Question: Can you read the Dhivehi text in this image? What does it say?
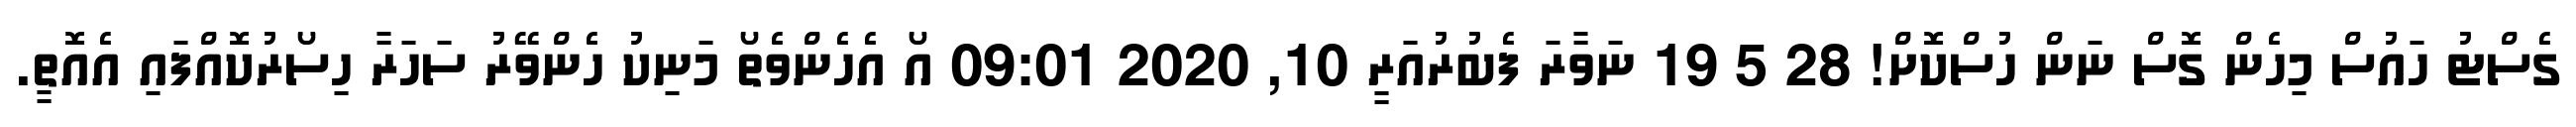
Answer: ގެސްޓު ހައުސް މިހެން ގޮސް ނަން ހުސްކޮށް! 28 5 19 ނަވާރަ ފެބުރުއަރީ 10, 2020 09:01 އޯ އެހެންވެތޯ މަނިކު ހެންވޭރު ސަހަރާ ހިސޯރުކޮއްފައި އެއޮތީ.